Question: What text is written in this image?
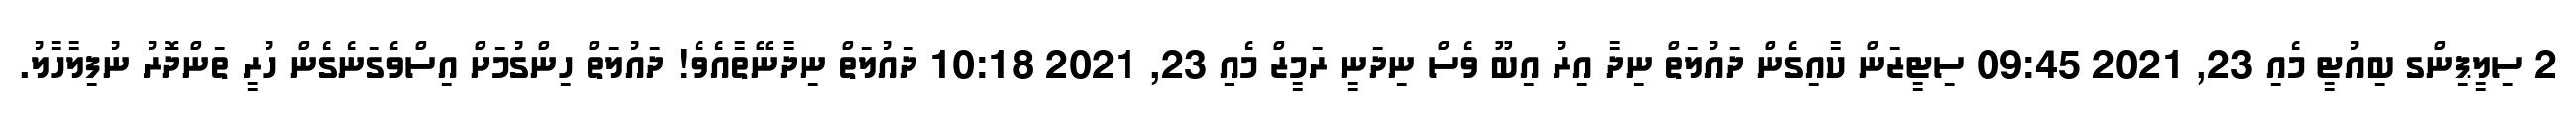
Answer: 2 ސިލީޕިންގ ބިއުޓީ މެއި 23, 2021 09:45 ސިޓީޒަން ކާއިގެން ދައުލަތް ނިދާ އިރު އިބޫ ވެސް ނިދަނީ ރަމީޒް މެއި 23, 2021 10:18 ދައުލަތް ނިދާނޭތާއެވެ! ދައުލަތް ހިންގުމަށް އިސްވެގަނެގެން ހުރީ ތަންދޮރު ނުފިލާހާލު.